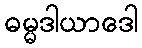
ဓမ္မဒါယာဒေါ